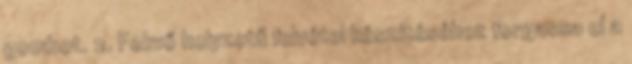
gombot. 2. Fekvő helyzetű felvétel készítéséhez forgassa el a